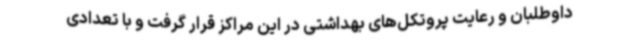
داوطلبان و رعایت پروتکل‌های بهداشتی در این مراکز قرار گرفت و با تعدادی